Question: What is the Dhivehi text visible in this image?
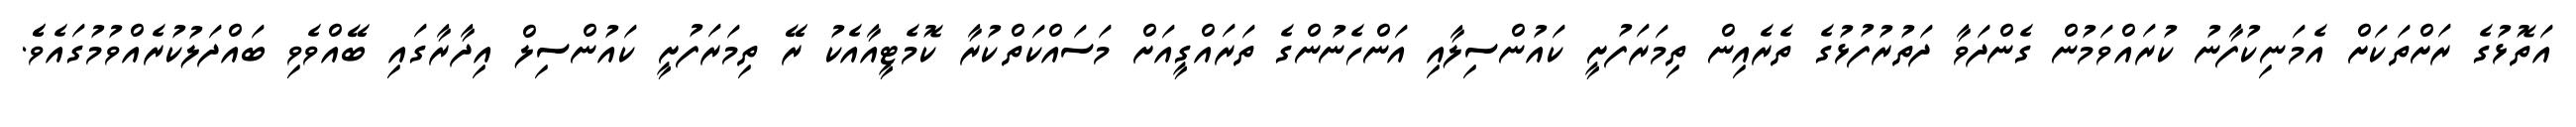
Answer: އަތޮޅުގެ ރަށްތަކަށް އެމަނިކުފާނު ކުރައްވަމުން ގެންދަވާ ދަތުރުފުޅުގެ ތެރެއިން ތިމަރަފުށީ ކައުންސިލާއި އަންހެނުންގެ ތަރައްގީއަށް މަސައްކަތްކުރާ ކޮމެޓީއާއެކު ރޭ ތިމަރަފުށީ ކައުންސިލް އިދާރާގައި ބޭއްވެވި ބައްދަލުކުރެއްވުމުގައެވެެ.